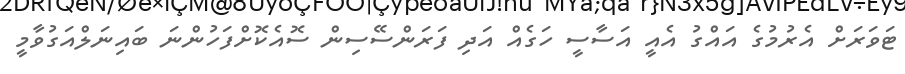
ޓަވަރަށް އެރުމުގެ އައްގު އެއީ އަސާސީ ހަގެއް އަދި ފަރަންސޭސިން ސޮއެކޮށްފަހުންނަ ބައިނަލްއަގުވާމީ